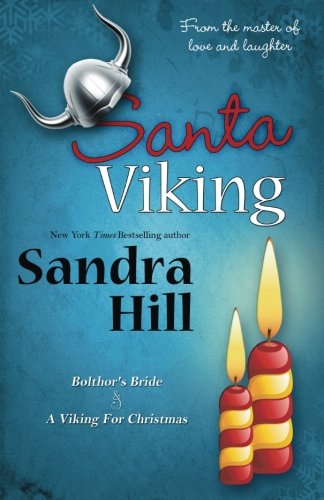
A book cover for Santa Viking; Sandra Hill; Romance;